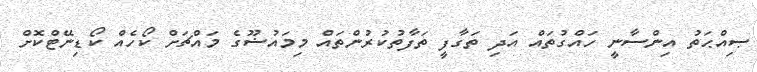
ޞިއްޙަތު އިންސާނީ ހައްގުތައް އަދި ތަގާފީ ތަފާތުކުރުންތައް މިމައުޟޫގެ މައްޗަށް ކޯހެއް ކޯޑިނޭޓްކޮށް